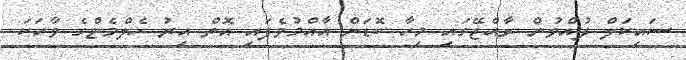
ސައިކަލް ދުއްވުން ރާއްޖޭގައި މިހާ ބޮޑަށް އާއްމުވެފައި އޮތް އިރު ހެލްމެޓްގެ ވާހަކަ